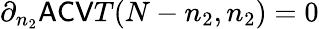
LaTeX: \partial_{n_{2}}\mathsf{ACV}T(N-n_{2},n_{2})=0